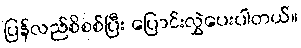
ပြန်လည်စိစစ်ပြီး ပြောင်းလွှဲပေးပါတယ်။